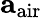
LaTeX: \mathbf{a}_{\mathrm{air}}